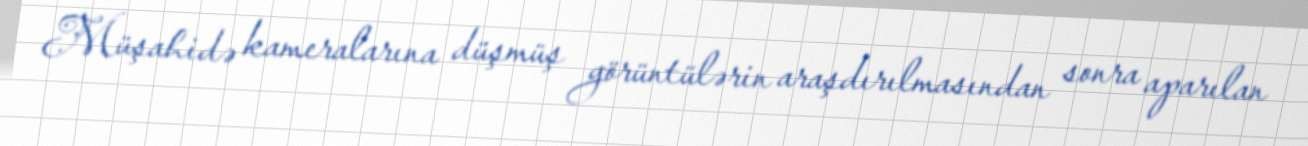
Müşahidə kameralarına düşmüş görüntülərin araşdırılmasından sonra aparılan